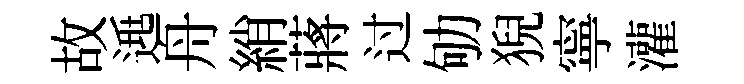
故𨓱舟綃蔣过劬猊寧灌